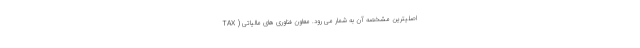
TAX ) اصلیترین مشخصه آن به شمار می رود. معاون فناوری های مالیاتی